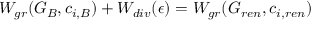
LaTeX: W _ { g r } ( G _ { B } , c _ { i , B } ) + W _ { d i v } ( \epsilon ) = W _ { g r } ( G _ { r e n } , c _ { i , r e n } )